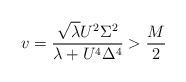
LaTeX: \begin{align*}v=\frac{\sqrt{\lambda}U^2\Sigma^2}{\lambda+U^4\Delta^4} > \frac{M}{2}\end{align*}